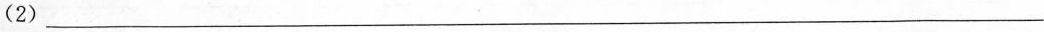
（2）___